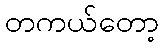
တကယ်တော့